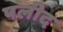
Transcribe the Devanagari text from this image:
पलीद